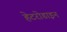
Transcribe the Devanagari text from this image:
हेटरोडाइन